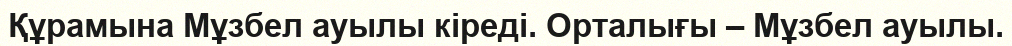
Құрамына Мұзбел ауылы кіреді. Орталығы – Мұзбел ауылы.